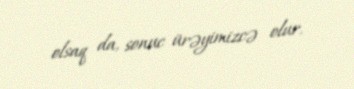
olsaq da, sonuc ürəyimizcə olur.